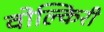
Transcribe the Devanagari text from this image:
वोल्किरी